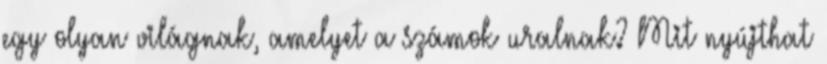
egy olyan világnak, amelyet a számok uralnak? Mit nyújthat